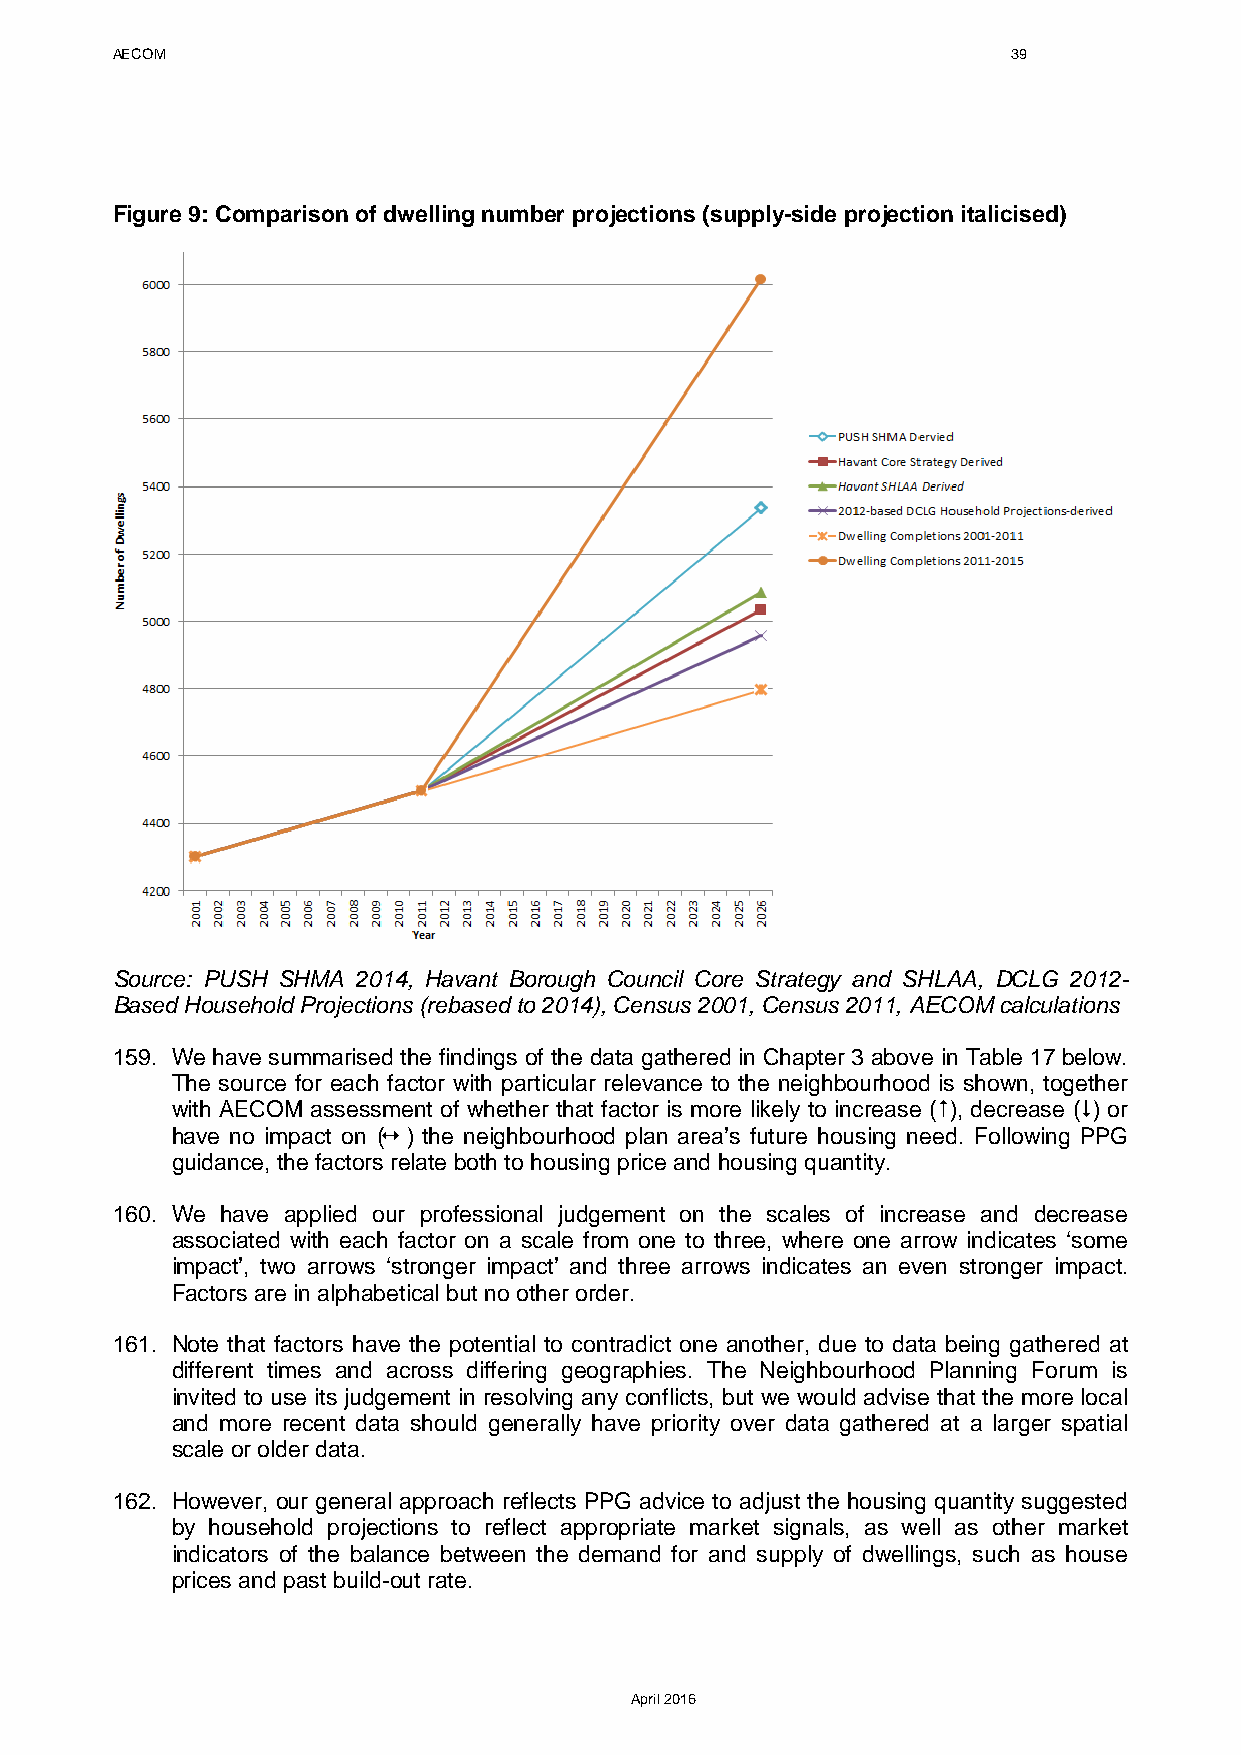
AECOM                                                       39
 Figure 9: Comparison of dwelling number projections (supply-side projection italicised)
 Source: PUSH SHMA 2014, Havant Borough Council Core Strategy and SHLAA, DCLG 2012-
 Based Household Projections (rebased to 2014), Census 2001, Census 2011, AECOM calculations
 159. We have summarised the findings of the data gathered in Chapter 3 above in Table 17 below.
 The source for each factor with particular relevance to the neighbourhood is shown, together
 with AECOM assessment of whether that factor is more likely to increase (), decrease () or
 have no impact on ( ) the neighbourhood plan area’s future housing need. Following PPG
 guidance, the factors relate both to housing price and housing quantity.
 160. We have applied our professional judgement on the scales of increase and decrease
 associated with each factor on a scale from one to three, where one arrow indicates ‘some
 impact’, two arrows ‘stronger impact’ and three arrows indicates an even stronger impact.
 Factors are in alphabetical but no other order.
 161. Note that factors have the potential to contradict one another, due to data being gathered at
 different times and across differing geographies. The Neighbourhood Planning Forum is
 invited to use its judgement in resolving any conflicts, but we would advise that the more local
 and more recent data should generally have priority over data gathered at a larger spatial
 scale or older data.
 162. However, our general approach reflects PPG advice to adjust the housing quantity suggested
 by household projections to reflect appropriate market signals, as well as other market
 indicators of the balance between the demand for and supply of dwellings, such as house
 prices and past build-out rate.
 April 2016